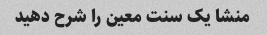
منشا یک سنت معین را شرح دهید